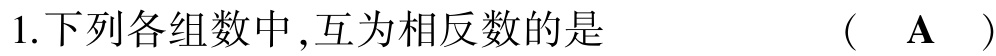
1.下列各组数中,互为相反数的是  (  $\mathbf{A}$  )